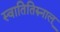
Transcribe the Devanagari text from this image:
स्वातितिरुनाल्